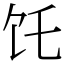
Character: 饦